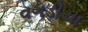
વગડીયા